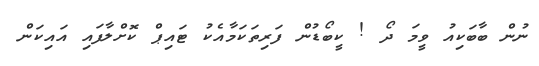
ނުން ބާބަކިއު ވީމަ ދޯ ! ކީބޯޑުން ފަރިތަކަމާއެކު ޓައިޕް ކޮށްލާފައި އައިކަން